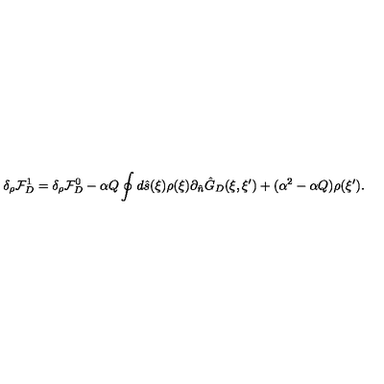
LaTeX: { \delta _ { \rho } } { \mathcal { F } _ { D } ^ { 1 } } = { \delta _ { \rho } } { \mathcal { F } _ { D } ^ { 0 } } - \alpha { Q } \oint { d } \hat { s } ( \xi ) \rho ( \xi ) { \partial _ { \hat { n } } } { \hat { G } _ { D } } ( \xi , \xi ^ { \prime } ) + ( { \alpha ^ { 2 } } - \alpha { Q } ) \rho ( \xi ^ { \prime } ) .